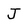
Character: J